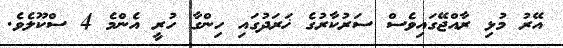
އޭރު މުޅި ރާއްޖޭގައިވެސް ސަރުކާރުގެ ޚަރަދުގައި ހިންގާ ހުރީ އެންމެ 4 ސްކޫލެވެ.